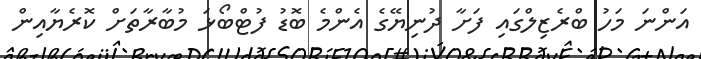
އަންނަ މަހު ބްރެޒިލްގައި ފަށާ ދުނިޔޭގެ އެންމެ ބޮޑު ފުޓްބޯޅަ މުބާރާތަށް ކޮރެޔާއިން